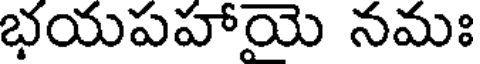
భయపహాయె నమః